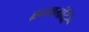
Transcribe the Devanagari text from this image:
हृदयमंदिरें